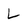
Character: L